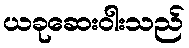
ယခုဆေးဝါးသည်